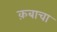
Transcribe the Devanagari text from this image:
क़बाचा